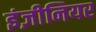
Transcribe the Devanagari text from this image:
इंज़ीनियर